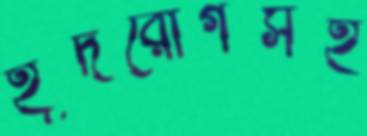
হূদরোগসহ